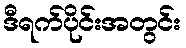
ဒီရက်ပိုင်းအတွင်း